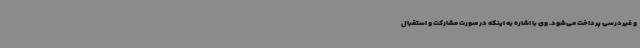
و غیردرسی پرداخت می‌شود. وی با اشاره به اینکه در صورت مشارکت و استقبال